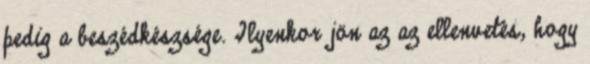
pedig a beszédkészsége. Ilyenkor jön az az ellenvetés, hogy